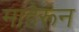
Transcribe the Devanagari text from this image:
माहेरून